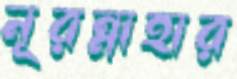
নূরন্নাহার